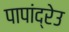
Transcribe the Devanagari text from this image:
पापांद्रेउ